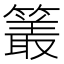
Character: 𮆜